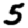
Digit: 5